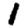
Digit: 1